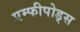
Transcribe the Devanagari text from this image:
एम्फीपोड्स